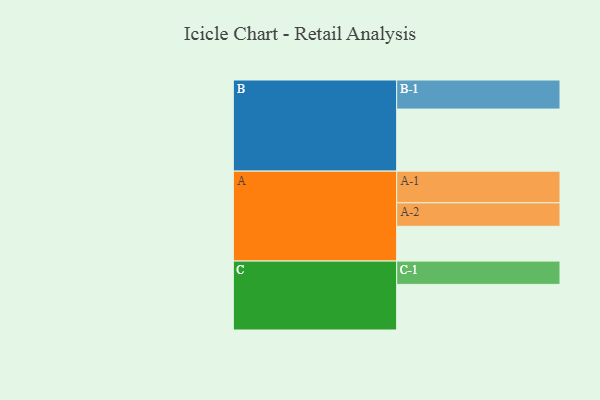
{"axis": {"x": "Segment", "y": "Value"}, "legend": ["", "A", "B", "C"], "data": [{"x": "A", "y": 324, "type": ""}, {"x": "B", "y": 578, "type": ""}, {"x": "C", "y": 425, "type": ""}, {"x": "A-1", "y": 295, "type": "A"}, {"x": "A-2", "y": 219, "type": "A"}, {"x": "B-1", "y": 271, "type": "B"}, {"x": "C-1", "y": 217, "type": "C"}]}